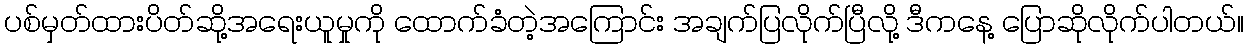
ပစ်မှတ်ထားပိတ်ဆို့အရေးယူမှုကို ထောက်ခံတဲ့အကြောင်း အချက်ပြလိုက်ပြီလို့ ဒီကနေ့ ပြောဆိုလိုက်ပါတယ်။